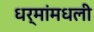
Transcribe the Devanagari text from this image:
धर्मांमधली